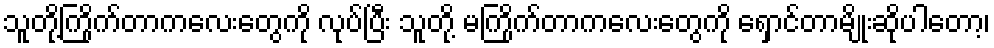
သူတို့ကြိုက်တာကလေးတွေကို လုပ်ပြီး သူတို့ မကြိုက်တာကလေးတွေကို ရှောင်တာမျိုးဆိုပါတော့၊